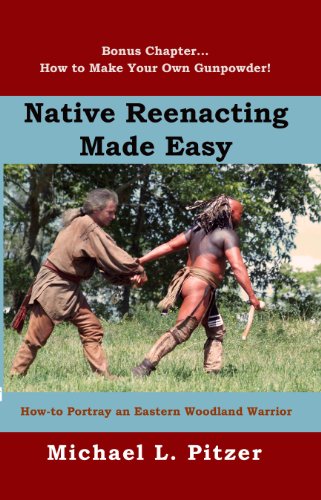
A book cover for Native Reenacting Made Easy...How To Portray an Eastern Woodland Warrior; Michael L. Pitzer; Crafts, Hobbies & Home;